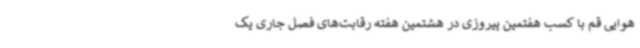
هوایی قم با کسب هفتمین پیروزی در هشتمین هفته رقابت‌های فصل جاری یک